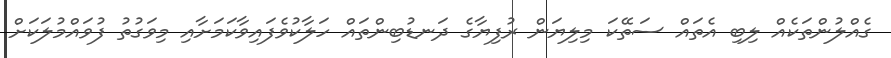
ގެއްލުންތަކެއް ލިބި އެތައް ސަތޭކަ މިލިޔަން ރުފިޔާގެ ދަނޑުބިންތައް ހަލާކުވެފައިވާކަމަށާއި މިވަގުތު ފުވައްމުލަކަށް